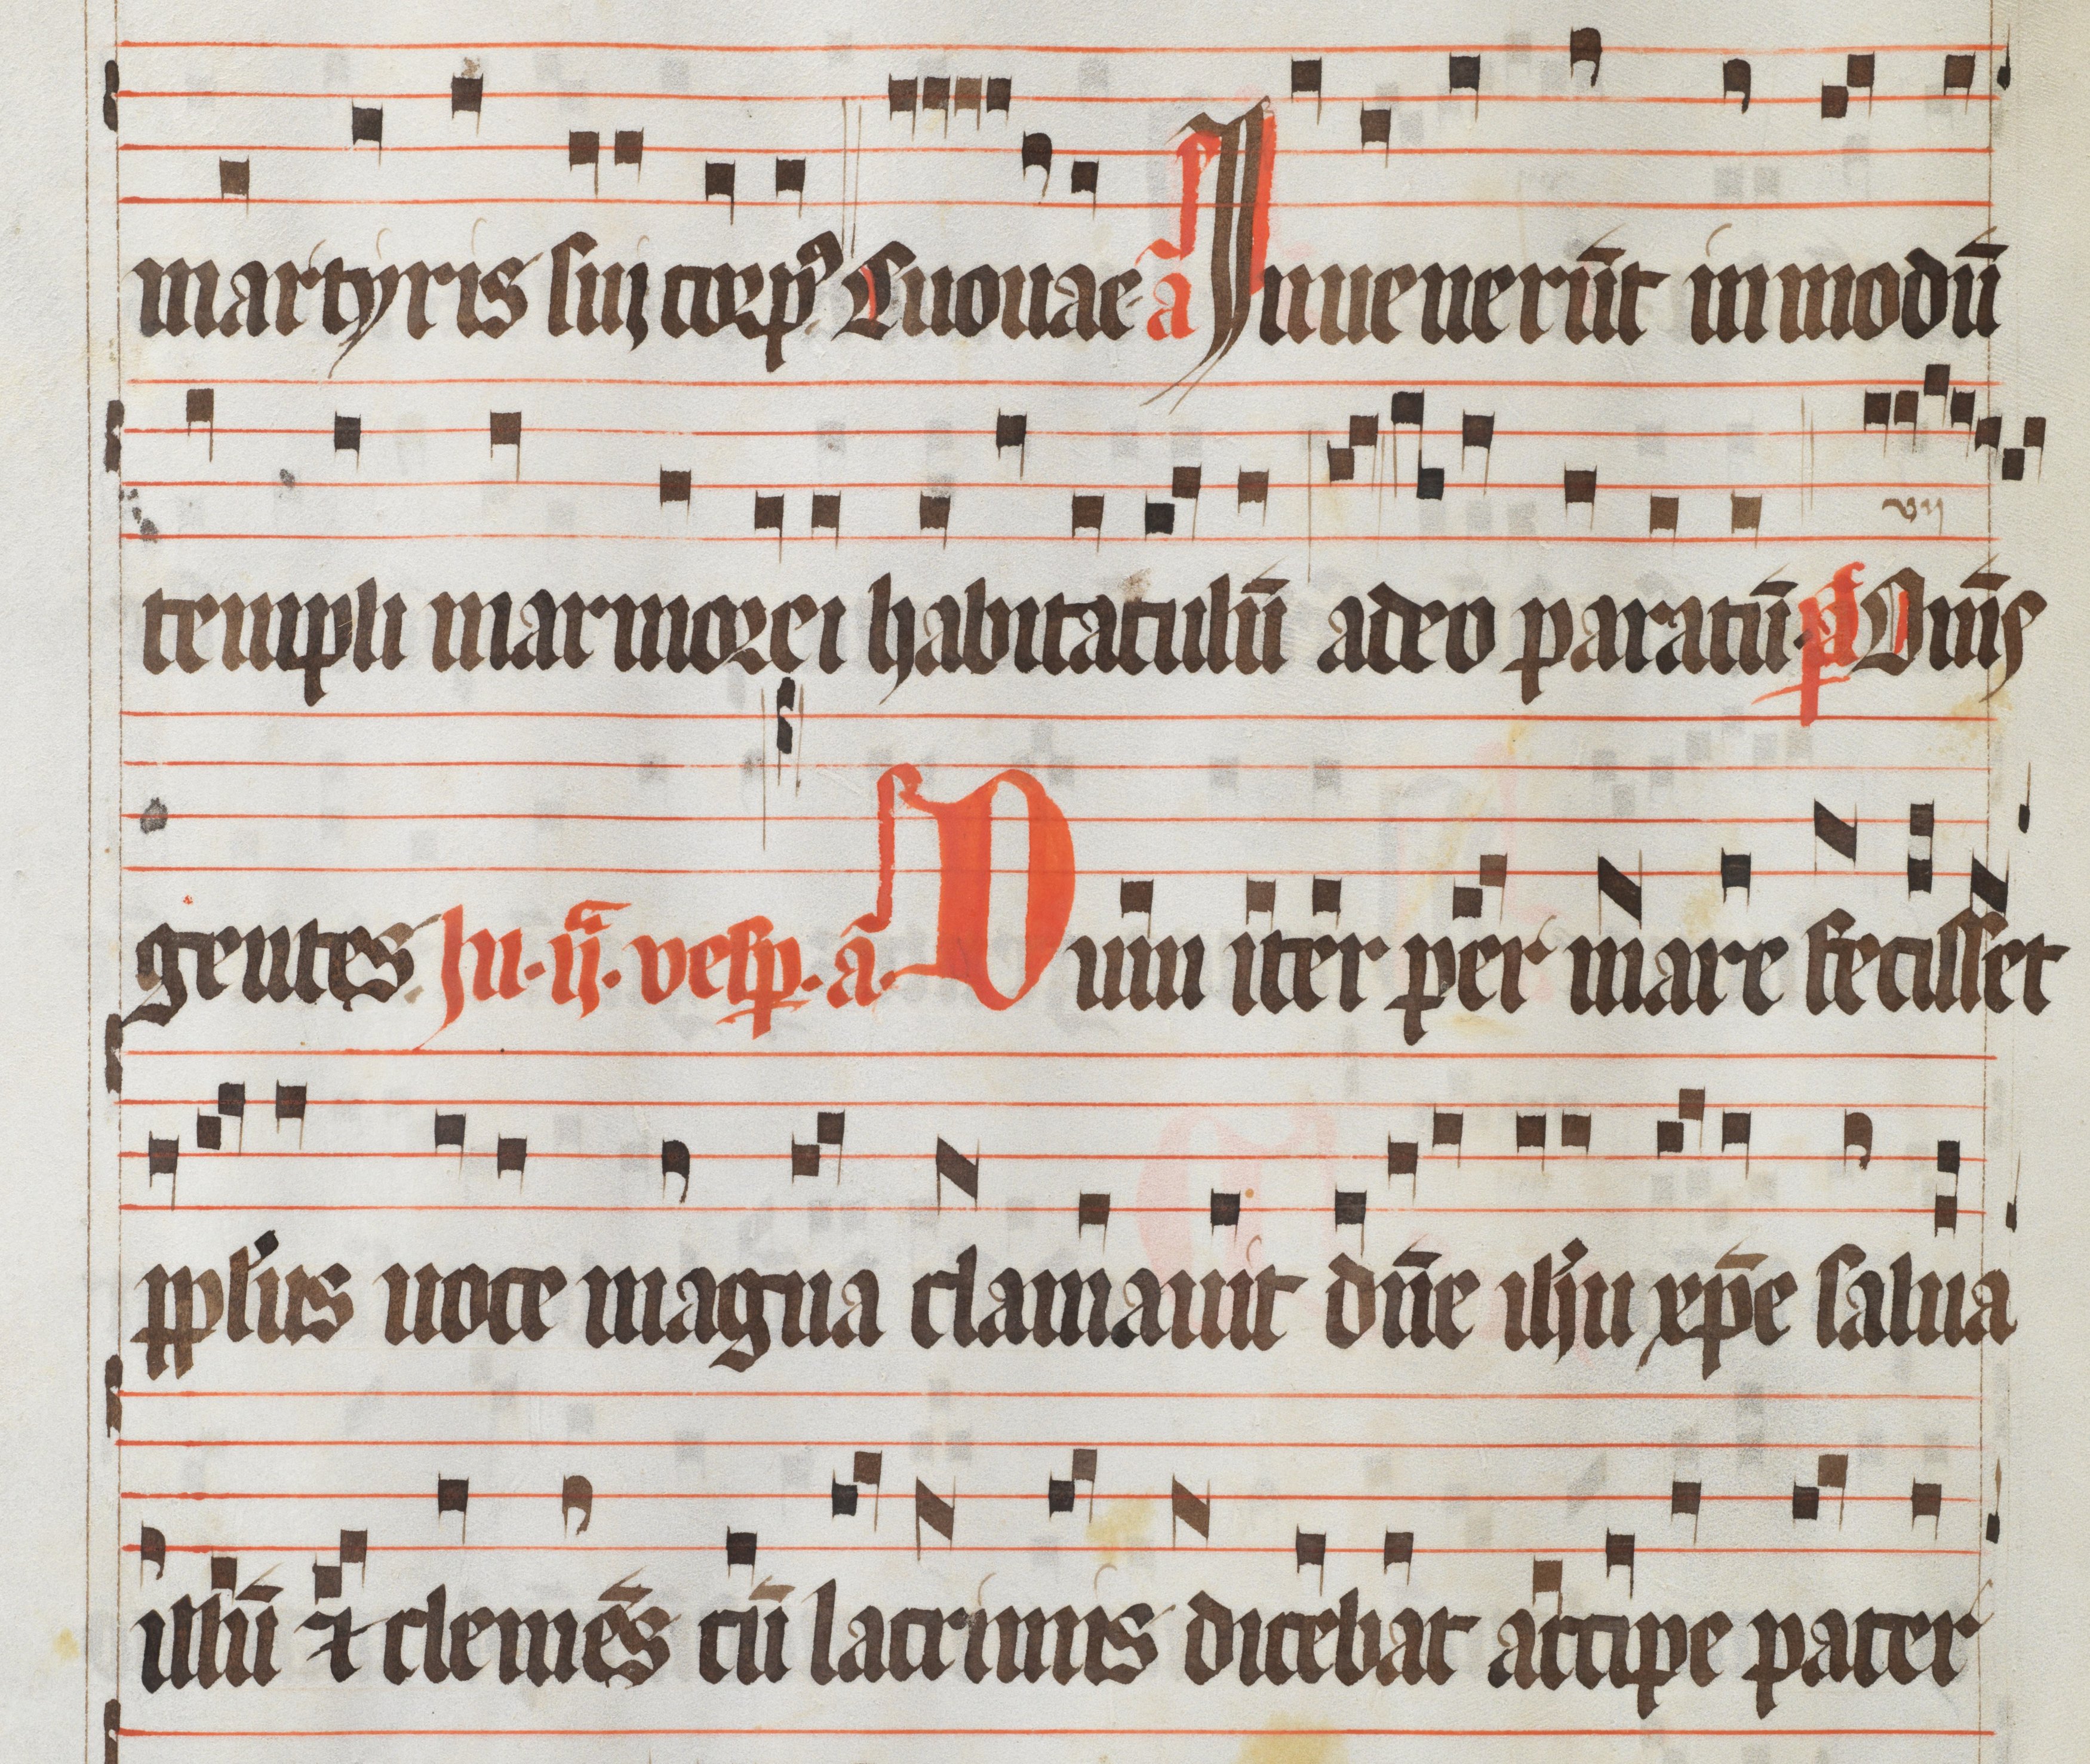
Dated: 1300–1399